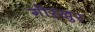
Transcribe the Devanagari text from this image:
गोरखुर